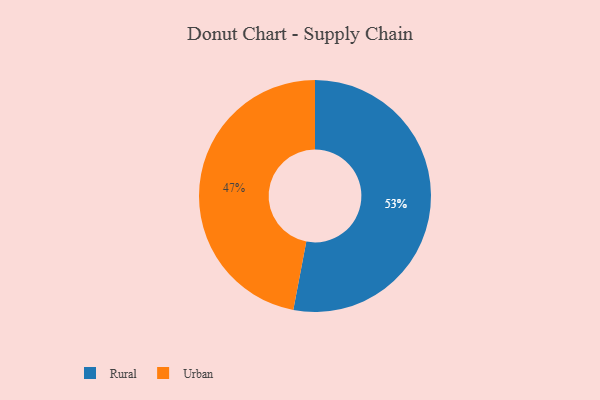
{"axis": {"x": "Category", "y": "Percentage"}, "legend": ["Rural", "Urban"], "data": [{"x": "Urban", "y": 47, "type": "Urban"}, {"x": "Rural", "y": 53, "type": "Rural"}]}